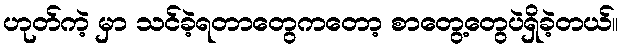
ဟုတ်ကဲ့ မှာ သင်ခဲ့ရတာတွေကတော့ စာတွေ့တွေပဲရှိခဲ့တယ်။